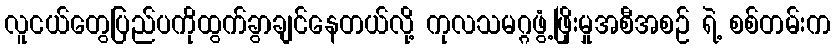
လူငယ်တွေပြည်ပကိုထွက်ခွာချင်နေတယ်လို့ ကုလသမဂ္ဂဖွံ့ဖြိုးမှုအစီအစဉ် ရဲ့ စစ်တမ်းက